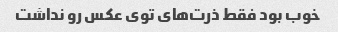
خوب بود فقط ذرت‌های توی عکس رو‌ نداشت